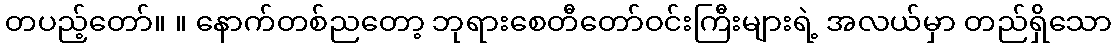
တပည့်တော်။ ။ နောက်တစ်ညတော့ ဘုရားစေတီတော်ဝင်းကြီးများရဲ့ အလယ်မှာ တည်ရှိသော